Lunatic asylums Central Provinces reports 1895-1909 - 1895-1909
Year: 1895
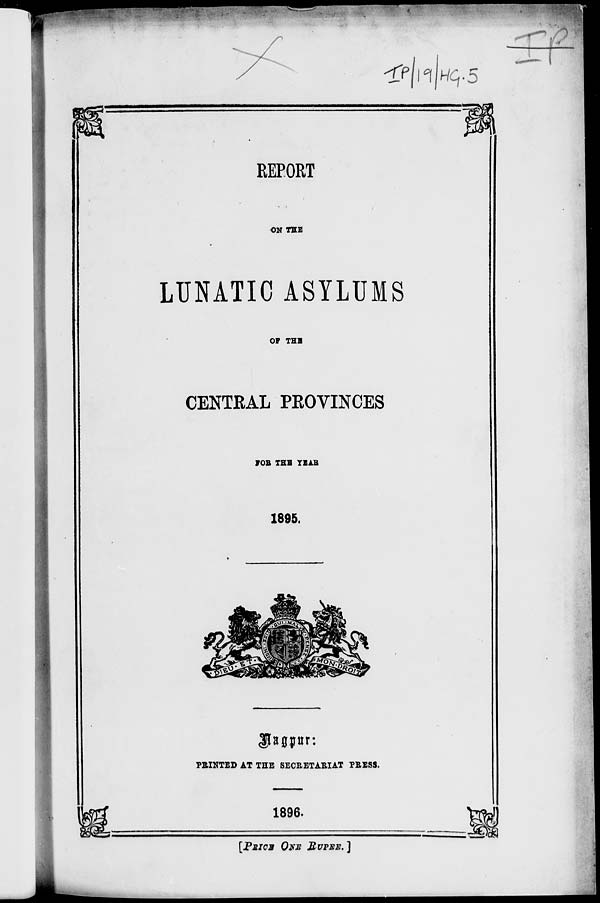
REPORT
ON THE
LUNATIC ASYLUMS
OF THE
CENTRAL PROVINCES
FOR THE YEAR
1895.
Nagpur:
PRINTED AT THE SECRETARIAT PRESS.
1896.
[PRICE ONE RUPEE.]